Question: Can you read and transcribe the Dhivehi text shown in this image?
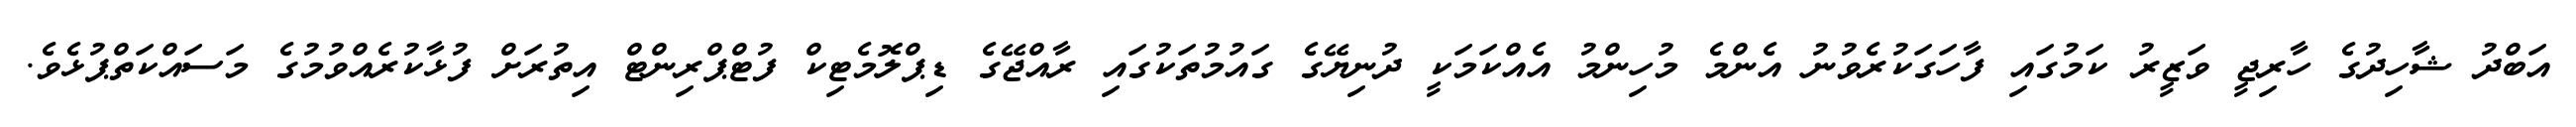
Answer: އަބްދު ޝާހިދުގެ ހާރިޖީ ވަޒީރު ކަމުގައި ފާހަގަކުރެވުނު އެންމެ މުހިންމު އެއްކަމަކީ ދުނިޔޭގެ ގައުމުތަކުގައި ރާއްޖޭގެ ޑިޕްލޮމެޓިކް ފުޓްޕްރިންޓް އިތުރަށް ފުޅާކުރެއްވުމުގެ މަސައްކަތްޕުޅެވެ.